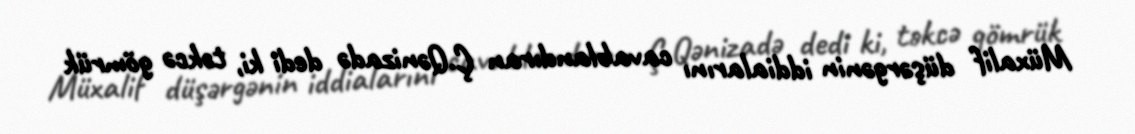
Müxalif düşərgənin iddialarını cavablandıran Ç.Qənizadə dedi ki, təkcə gömrük